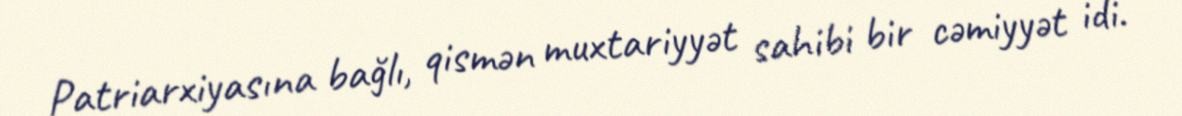
Patriarxiyasına bağlı, qismən muxtariyyət sahibi bir cəmiyyət idi.